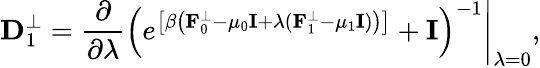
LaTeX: {\displaystyle{\mathbf D}_{1}^{\perp}=\left.\frac{\partial}{\partial\lambda}\left(e^{\left[\beta\left({\mathbf F}_{0}^{\perp}-\mu_{0}{\mathbf I}+\lambda({\mathbf F}_{1}^{\perp}-\mu_{1}{\mathbf I})\right)\right]}+{\mathbf I}\right)^{-1}\right\vert_{\lambda=0}},